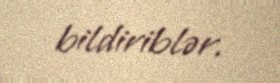
bildiriblər.